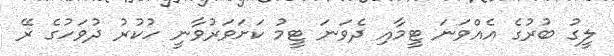
ލީގު ބުރުގެ އެއްވަނަ ޓީމާއި ދެވަނަ ޓީމު ކަށަވަރުވާނީ ހުކުރު ދުވަހުގެ ރޭ